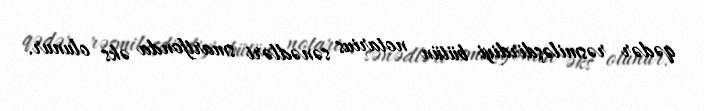
qədər rəsmiləşdirdiyi bütün notarius sənədləri smartfonda əks olunur.